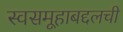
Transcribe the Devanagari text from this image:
स्वसमूहाबद्दलची